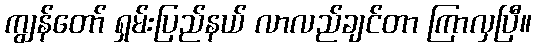
ကျွန်တော် ရှမ်းပြည်နယ် လာလည်ချင်တာ ကြာလှပြီ။